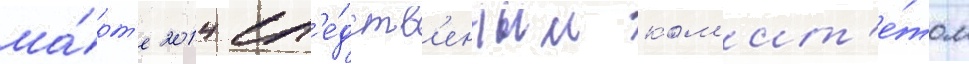
ма́рт'е 2014 сл'е́дств'енным ком'ит'е́том